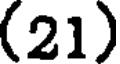
(21)